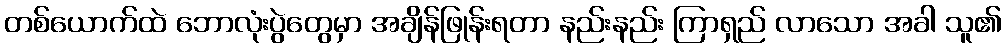
တစ်ယောက်ထဲ ဘောလုံးပွဲတွေမှာ အချိန်ဖြုန်းရတာ နည်းနည်း ကြာရှည် လာသော အခါ သူ၏